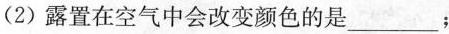
(2)露置在空气中会改变颜色的是___；